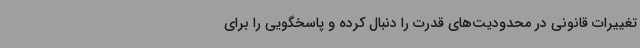
تغییرات قانونی در محدودیت‌های قدرت را دنبال کرده و پاسخگویی را برای